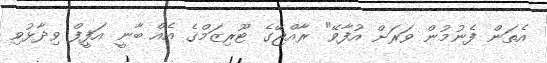
އެތަން ފެނުމުން ވަރަށް އުފާވޭ" ރާއްޖޭގެ ޓޫރިޒަމްގެ އެއް ބާނީ އަފީފް ވިދާޅުވި